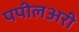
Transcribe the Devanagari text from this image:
पपीलअरी